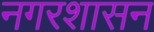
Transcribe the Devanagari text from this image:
नगरशासन